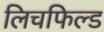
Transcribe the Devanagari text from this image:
लिचफिल्ड